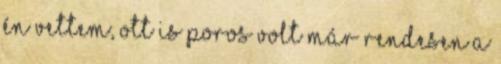
én vettem, ott is poros volt már rendesen a